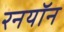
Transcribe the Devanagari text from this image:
रनयॉन